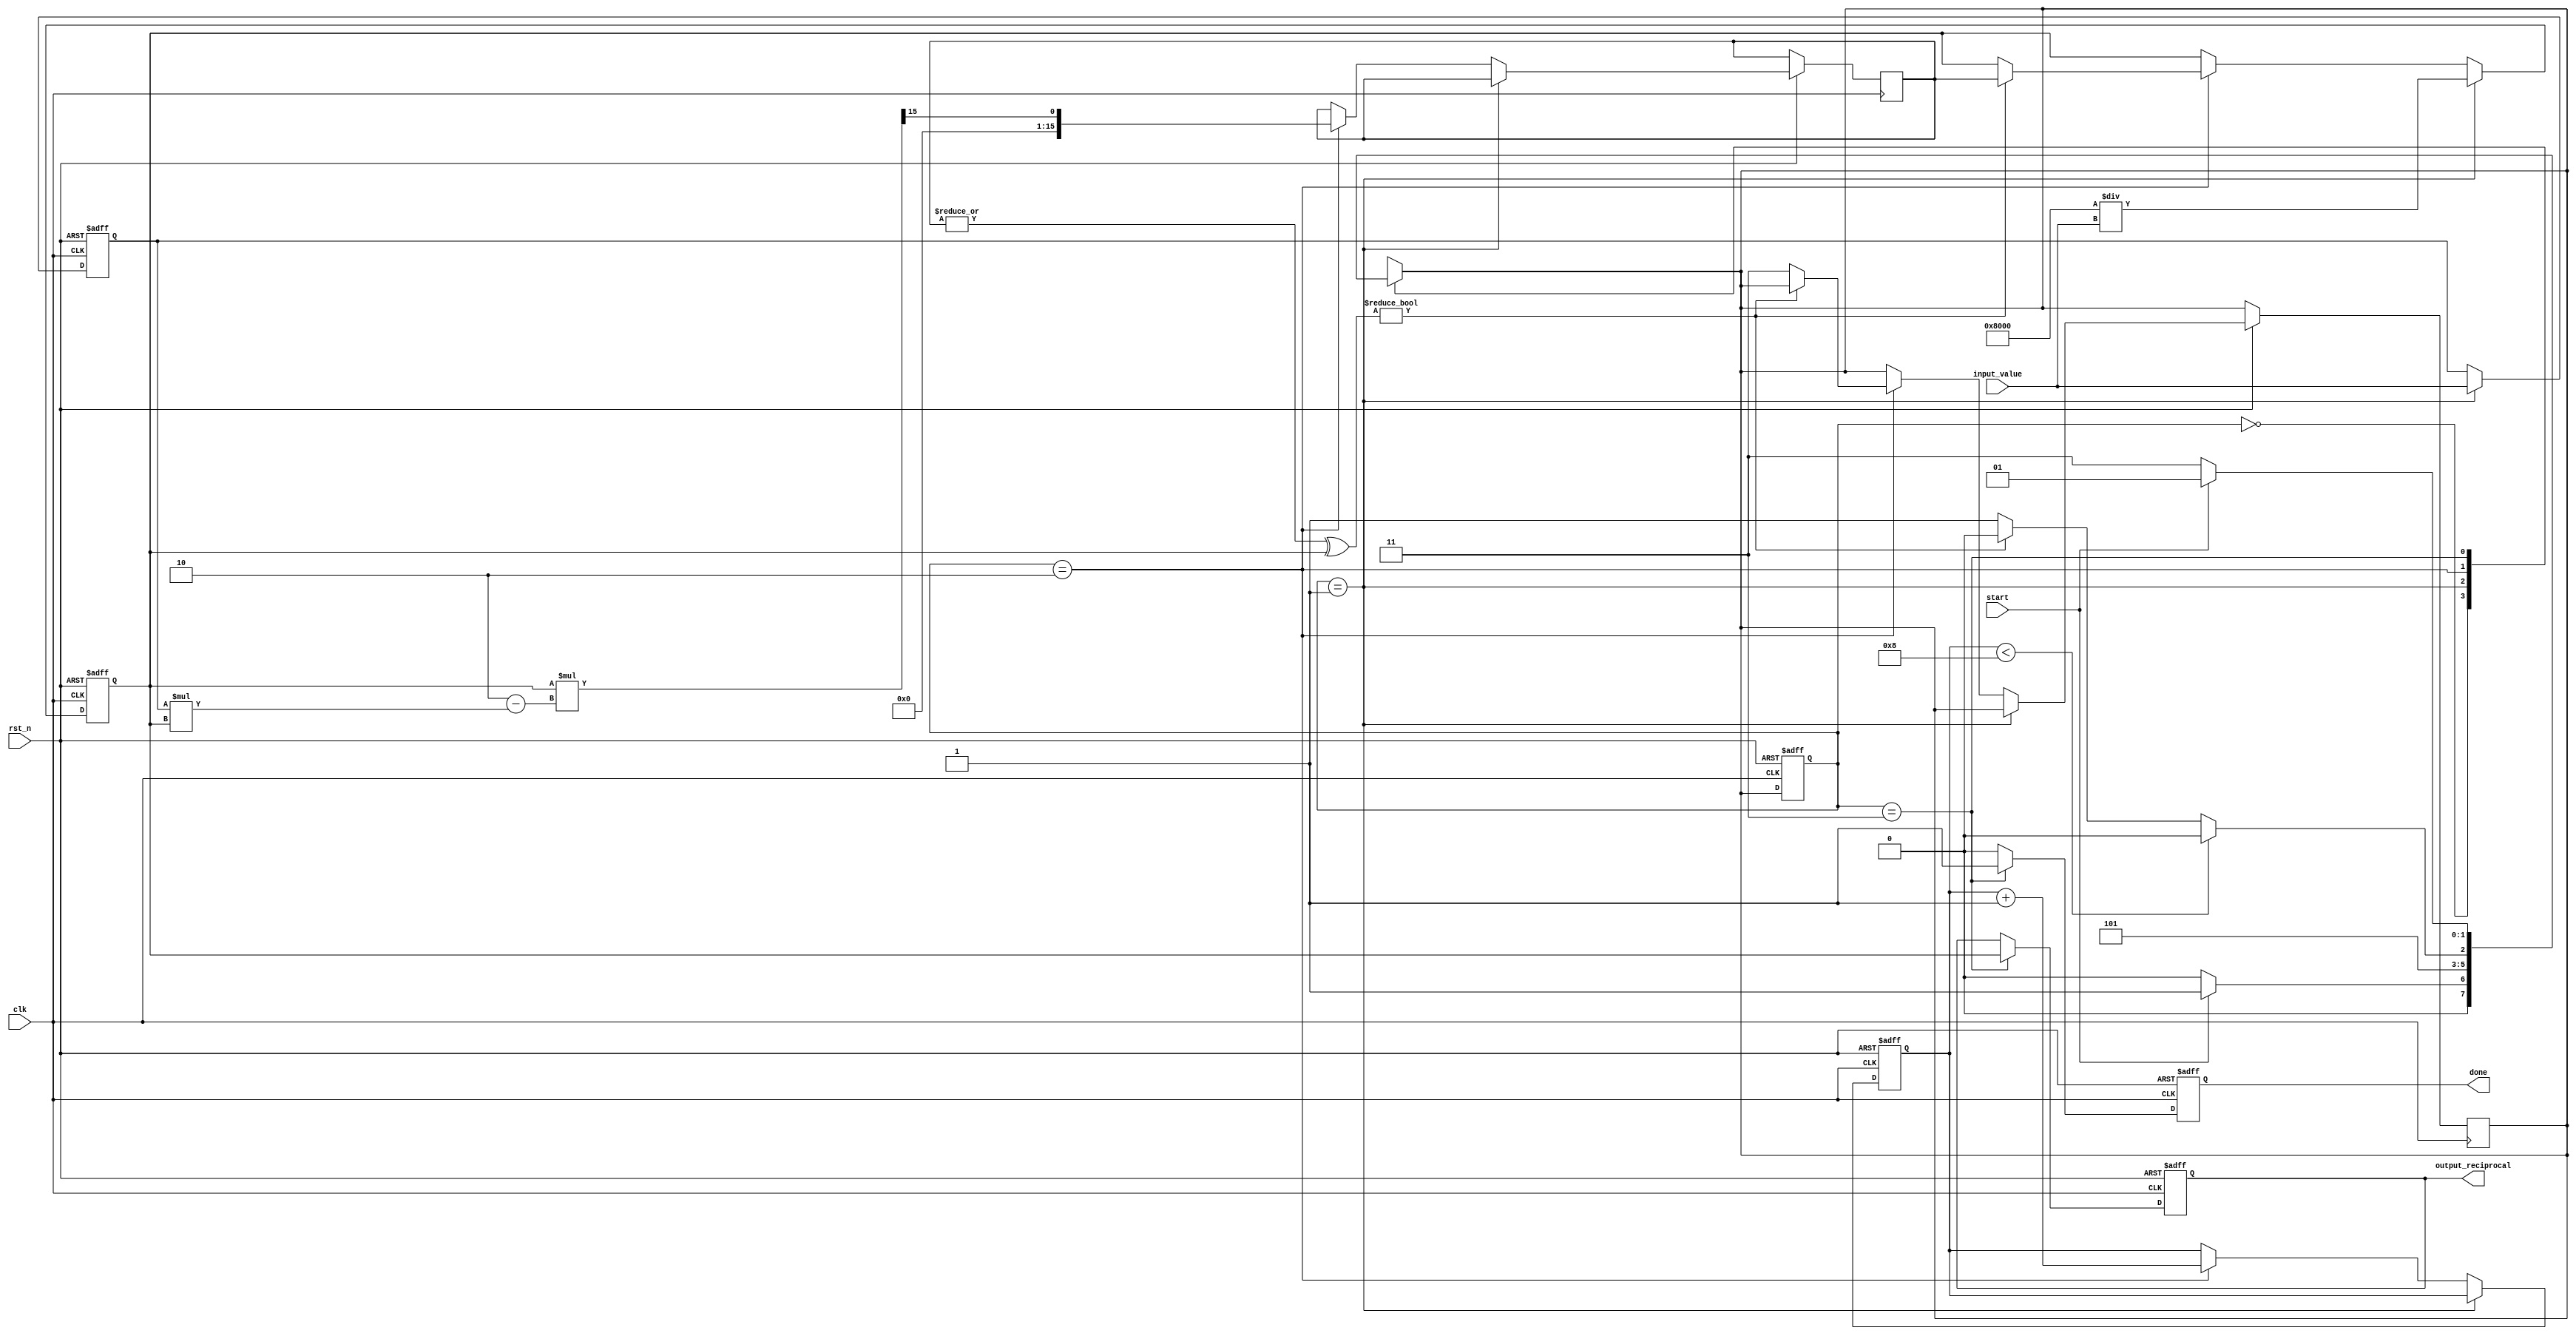
module iterative_reciprocal (
    input clk,
    input rst_n,
    input start,
    input [15:0] input_value, // Fixed-point input (e.g., 16 bits)
    output reg [15:0] output_reciprocal, // Fixed-point reciprocal output
    output reg done // Completion signal
);

    // Parameters
    parameter MAX_ITERATIONS = 8; // Maximum iterations
    parameter TOLERANCE = 16'h0001; // Tolerance for convergence

    // State encoding
    parameter IDLE = 2'b00;
    parameter INIT = 2'b01;
    parameter ITERATE = 2'b10;
    parameter DONE = 2'b11;

    reg [1:0] state, next_state;
    reg [15:0] guess, new_guess;
    reg [4:0] iteration_count; // Counter for iterations
    reg [15:0] input_reg;

    // Sequential logic for state transitions
    always @(posedge clk or negedge rst_n) begin
        if (!rst_n) begin
            state <= IDLE;
            output_reciprocal <= 16'h0000;
            done <= 1'b0;
            iteration_count <= 5'b0;
            guess <= 16'h0000;
            input_reg <= 16'h0000;
        end else begin
            state <= next_state;
            if (state == INIT) begin
                input_reg <= input_value;
                // Initial guess for the reciprocal
                guess <= 16'h8000 / input_value; // Approximation, needs to be adjusted based on fixed-point format
            end else if (state == ITERATE) begin
                // Newton-Raphson Update: new_guess = guess * (2 - input * guess)
                new_guess <= guess * (16'h0002 - input_reg * guess) >> 15; // Shift for fixed-point adjustment
                if (|new_guess ^ guess) // Check for convergence
                    guess <= new_guess;
                else
                    next_state <= DONE; // If converged, go to done state
                iteration_count <= iteration_count + 1'b1;
            end
            if (state == DONE) begin
                output_reciprocal <= guess;
                done <= 1'b1; // Set done signal
            end else begin
                done <= 1'b0; // Reset done signal
            end
        end
    end

    // Combinatorial logic for next state and control
    always @(*) begin
        case (state)
            IDLE: begin
                if (start) begin
                    next_state = INIT;
                end else begin
                    next_state = IDLE;
                end
            end
            INIT: begin
                next_state = ITERATE;
            end
            ITERATE: begin
                if (iteration_count < MAX_ITERATIONS) begin
                    next_state = ITERATE;
                end else if (|new_guess ^ guess) begin
                    next_state = ITERATE;
                end else begin
                    next_state = DONE;
                end
            end
            DONE: begin
                if (start) begin
                    next_state = INIT; // Restart process if start is asserted again
                end else begin
                    next_state = DONE;
                end
            end
            default: next_state = IDLE;
        endcase
    end

endmodule